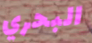
البحري